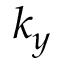
k _ { y }